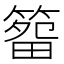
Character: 𥰷